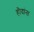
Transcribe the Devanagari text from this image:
हौदांना